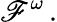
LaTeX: \mathscr{F}^{\omega}\, .